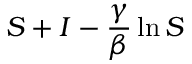
S + I - \frac { \gamma } { \beta } \ln S